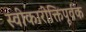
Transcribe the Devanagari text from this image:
स्वीकारोक्तिपूर्वक